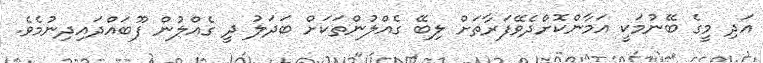
އަދި މީގެ ބޭނުމަކީ އަމާންކޮށްދެވޭފަރާތަށް ލިބޭ ގެއްލުންތަކަށް ބަދަލު ދީ ގެއްލުން ފޫބައްދައިދިނުމެވެ.